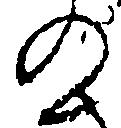
の